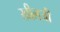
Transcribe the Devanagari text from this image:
खीलजी